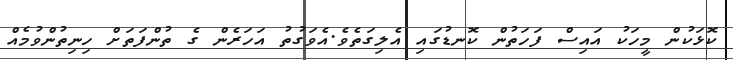
ކޮޅަކުން މީހަކު އައިސް ފަހަތުން ކޮނޑުގައި އެލިގަތެވެ.އެވަގުތު އަހަރެން ގެ ތުންފަތަށް ހިނިތުންވުމެއް